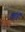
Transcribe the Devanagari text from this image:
तत्राहं